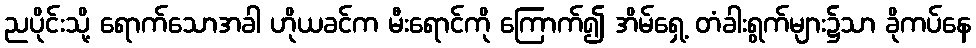
ညပိုင်းသို့ ရောက်သောအခါ ဟိုယခင်က မီးရောင်ကို ကြောက်၍ အိမ်ရှေ့ တံခါးရွက်များ၌သာ ခိုကပ်နေ